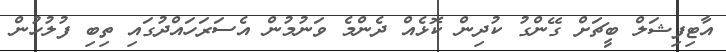
އާޓިފިޝަލް ބީޗަށް ގޭންގު ކުދިން ކޮޅެއް ދެންމެ ވަނުމުން އެސަރަހައްދުގައި ތިބި ފުލުހުން